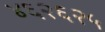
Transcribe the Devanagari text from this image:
४६२६२५